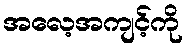
အလေ့အကျင့်ကို